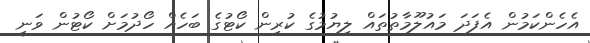
އެހެންކަމުން އެފަދަ މައުލޫމާތުތައް ލިޔުމުގެ ކުރިން ކޯޓުގެ ބަހެއް ހޯދުމަށް ކޯޓުން ވަނީ